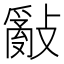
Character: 𢿢